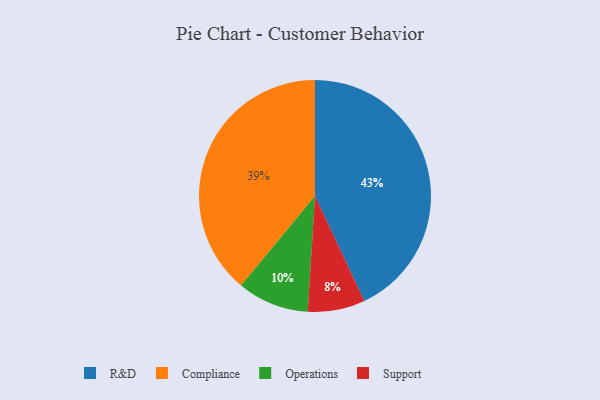
{"axis": {"x": "Category", "y": "Percentage"}, "legend": ["Compliance", "Operations", "R&D", "Support"], "data": [{"x": "Support", "y": 8, "type": "Support"}, {"x": "Operations", "y": 10, "type": "Operations"}, {"x": "R&D", "y": 43, "type": "R&D"}, {"x": "Compliance", "y": 39, "type": "Compliance"}]}